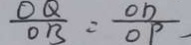
\frac { O Q } { O B } = \frac { O D } { O P }